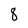
Character: 8